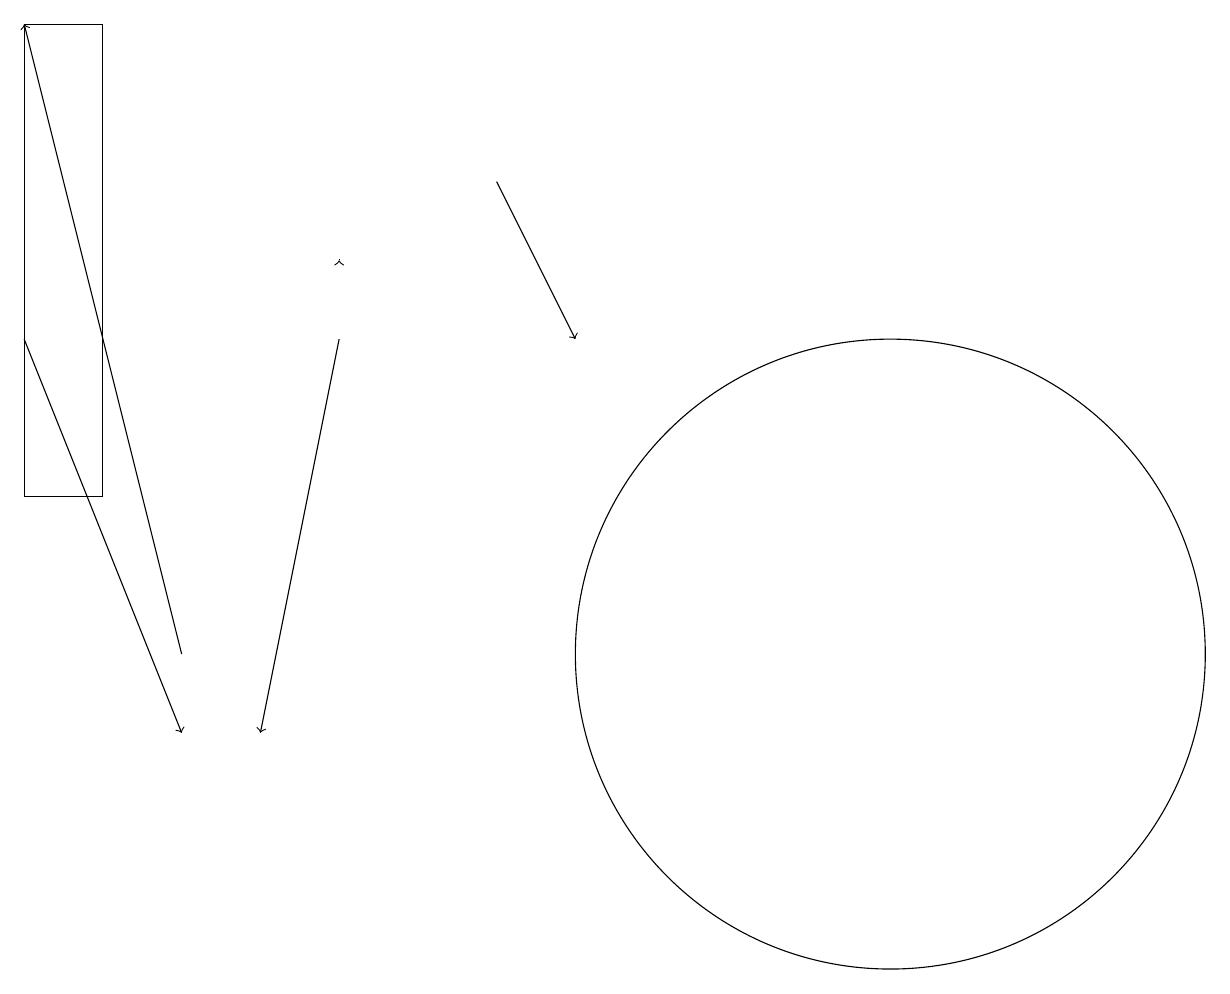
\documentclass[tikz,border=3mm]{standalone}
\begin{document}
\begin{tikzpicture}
\draw[->] (2,11) -- (0,19);
\draw[->] (6,17) -- (7,15);
\draw[->] (0,15) -- (2,10);
\draw[->] (4,15) -- (3,10);
\draw (1,19) rectangle (0,13);
\draw[->] (4,16) -- (4,16);
\draw (11,11) circle (4);
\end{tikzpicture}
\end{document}